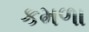
કમળા